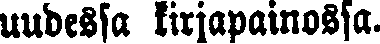
uudessa kirjapainossa.